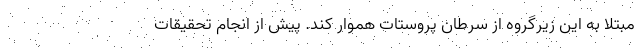
مبتلا به این زیرگروه از سرطان پروستات هموار کند. پیش از انجام تحقیقات